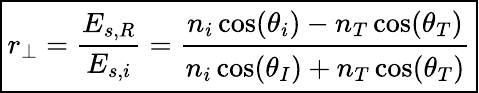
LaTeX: \boxed{r_{\perp}=\frac{E_{s,R}}{E_{s,i}}=\cfrac{n_{i}\cos(\theta_{i})-n_{T}\cos(\theta_{T})}{n_{i}\cos(\theta_{I})+n_{T}\cos(\theta_{T})}}